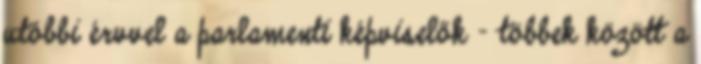
utóbbi érvvel a parlamenti képviselők - többek között a